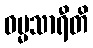
ဓမ္မသာရီတိ